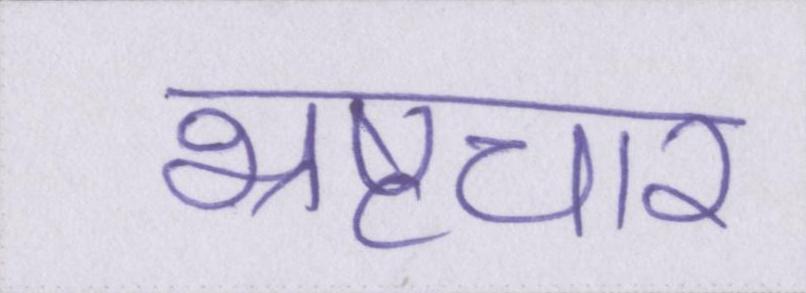
भ्रष्टचार